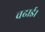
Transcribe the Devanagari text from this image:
चढाई।